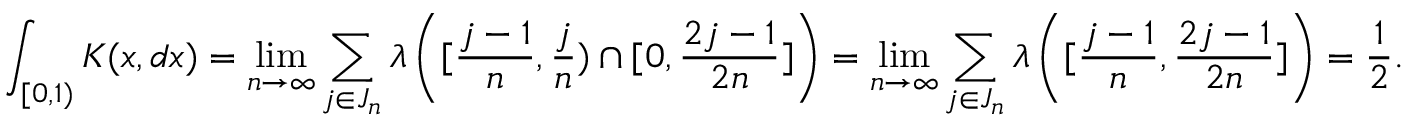
\int _ { [ 0 , 1 ) } K ( x , d x ) = \operatorname* { l i m } _ { n \to \infty } \sum _ { j \in J _ { n } } \lambda \left( [ \frac { j - 1 } { n } , \frac { j } { n } ) \cap [ 0 , \frac { 2 j - 1 } { 2 n } ] \right) = \operatorname* { l i m } _ { n \to \infty } \sum _ { j \in J _ { n } } \lambda \left( [ \frac { j - 1 } { n } , \frac { 2 j - 1 } { 2 n } ] \right) = \frac { 1 } { 2 } .